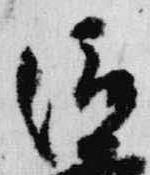
俊